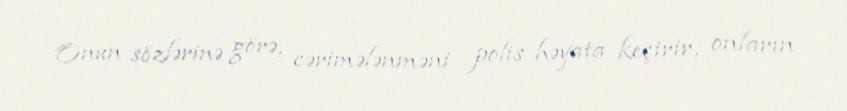
Onun sözlərinə görə, cərimələnməni polis həyata keçirir, onların